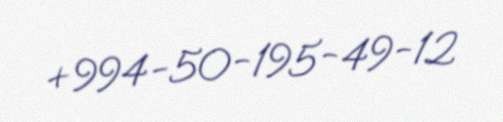
+994-50-195-49-12